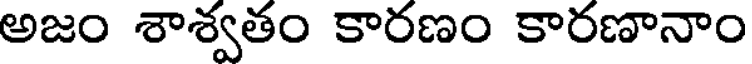
అజం శాశ్వతం కారణం కారణానాం